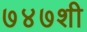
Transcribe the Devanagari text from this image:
७४७शी